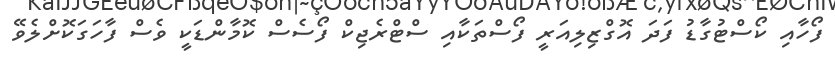
ފޯހާއި ކޯސްޓުގާޑު ފަދަ އޮގްޒިލިއަރީ ފޯސްތަކާއި ސްޓްރެޖިކް ފޯސެސް ކޮމާންޑަކީ ވެސް ފާހަގަކޮށްލެވޭ